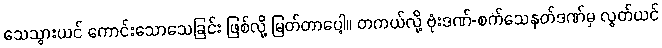
သေသွားယင် ကောင်းသောသေခြင်း ဖြစ်လို့ မြတ်တာပေါ့။ တကယ်လို့ ဗုံးဒဏ်-စက်သေနတ်ဒဏ်မှ လွတ်ယင်